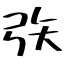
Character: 矤